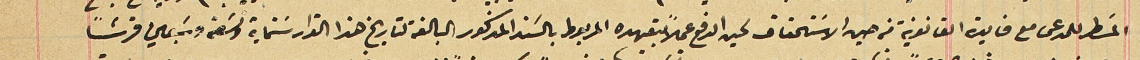
المسَطر للمدعى مع فايدة القانونية من حين الاستحقاق لحين الدفع عملاً بتعهده المربوط بالسَند المذكور البالغة لتاريخ هذا القرار سَتماية وتسَعة وسَبعين قرشًا